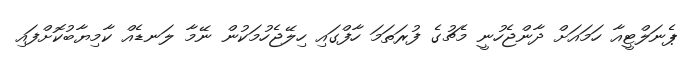
ޕެނަލްޓީއާ ހަމައަށް ދާންޖެހުނީ މެޗުގެ ފުރަތަމަ ހާފްގައި ހިލޭޖެހުމަކުން ނޭމާ ލަނޑެއް ކާމިޔާބުކޮށްފައި